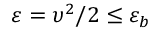
\varepsilon = \upsilon ^ { 2 } / 2 \leq \varepsilon _ { b }